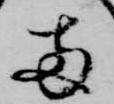
両